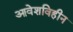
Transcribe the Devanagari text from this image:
आवेशविहीन